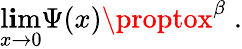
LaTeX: \operatorname*{l\mathbf{i}m}_{x\to0}\Psi(x)\proptox^{\beta}\; .